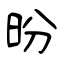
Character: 昐